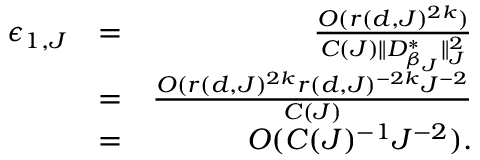
\begin{array} { r l r } { \epsilon _ { 1 , J } } & { = } & { \frac { O ( r ( d , J ) ^ { 2 k } ) } { C ( J ) \parallel D _ { \beta _ { J } } ^ { * } \parallel _ { J } ^ { 2 } } } \\ & { = } & { \frac { O ( r ( d , J ) ^ { 2 k } r ( d , J ) ^ { - 2 k } J ^ { - 2 } } { C ( J ) } } \\ & { = } & { O ( C ( J ) ^ { - 1 } J ^ { - 2 } ) . } \end{array}